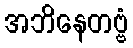
အဘိနေတဗ္ဗံ